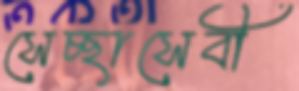
সেচ্ছাসেবী